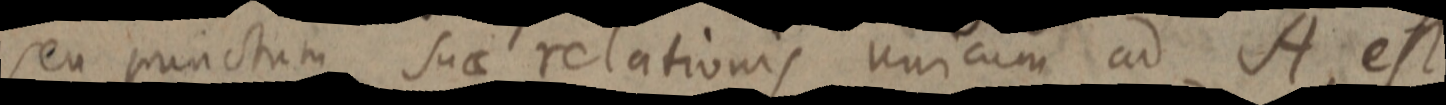
seu punctum suae relationis unicum ad A, est